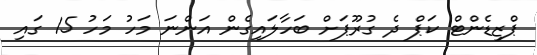
ޕްޒިޑެންޓް ކަޕް ދެ ގުރޫޕަށް ބަހާލައިގެން އަންނަ މަހު މަހު 15 ގައި